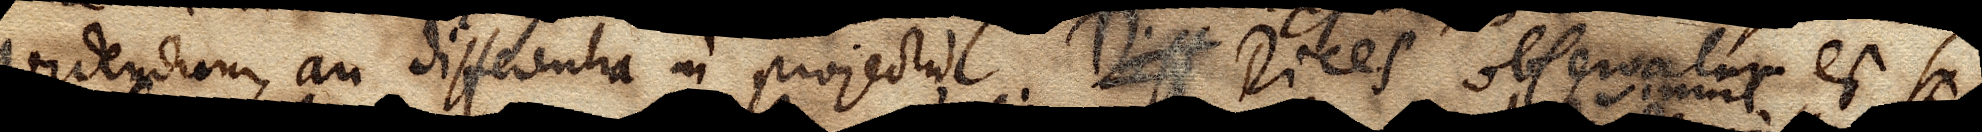
videndum, an differentia in projectu. Diff Dices observatum est si